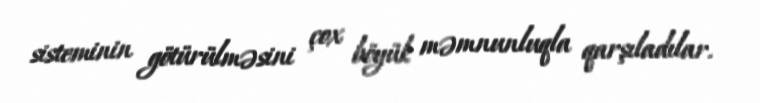
sisteminin götürülməsini çox böyük məmnunluqla qarşıladılar.